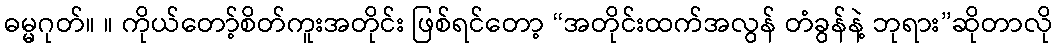
ဓမ္မဂုတ်။ ။ ကိုယ်တော့်စိတ်ကူးအတိုင်း ဖြစ်ရင်တော့ “အတိုင်းထက်အလွန် တံခွန်နဲ့ ဘုရား”ဆိုတာလို